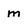
Character: m